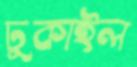
ঢুকাইল